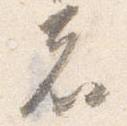
者